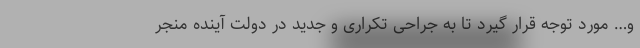
و… مورد توجه قرار گیرد تا به جراحی تکراری و جدید در دولت آینده منجر